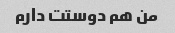
من هم دوستت دارم